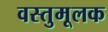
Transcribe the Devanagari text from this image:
वस्तुमूलक